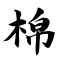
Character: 棉